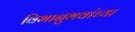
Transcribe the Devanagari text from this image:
विभानुभवांच्या